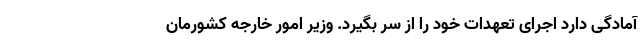
آمادگی دارد اجرای تعهدات خود را از سر بگیرد. وزیر امور خارجه کشورمان